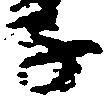
子